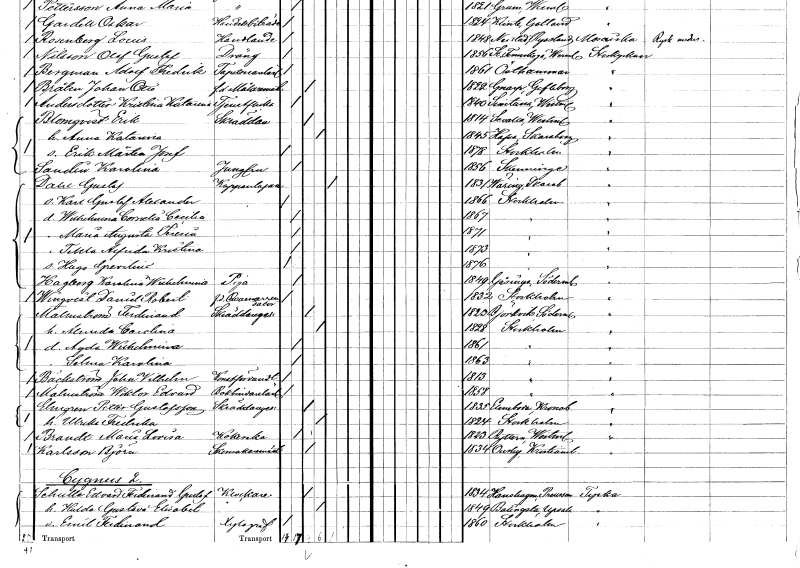
gt_parse: households: individuals: FN: Erik Mårten Josef
KON: M
CIV: O
FODAR: 1878
FODFORS: Stockholm
FN: Karolina
EN: Sandin
YRKE: Jungfru
KON: K
CIV: O
FODAR: 1856
FODFORS: Skänninge Östergötlands län
FN: Gustaf
EN: Dahl
YRKE: Kopparslagare
KON: M
CIV: E
FODAR: 1831
FODFORS: Väring Skaraborgs län
FN: Karl Gustaf Alexander
KON: M
CIV: O
FODAR: 1866
FODFORS: Stockholm
FN: Wilhelmina Cornelia Cecilia
KON: K
CIV: O
FODAR: 1867
FODFORS: Stockholm
FN: Maria Augusta Teresia
KON: K
CIV: O
FODAR: 1871
FODFORS: Stockholm
FN: Tekla Alfrida Kristina
KON: K
CIV: O
FODAR: 1873
FODFORS: Stockholm
FN: Hugo Grevilius
KON: M
CIV: O
FODAR: 1876
FODFORS: Stockholm
FN: Karolina Wilhelmina
EN: Hagberg
YRKE: Piga
KON: K
CIV: O
FODAR: 1849
FODFORS: Gåsinge Södermanlands län
FN: Daniel Robert
EN: Winqvist
YRKE: Kvarnarrendator f.d.
KON: M
CIV: O
FODAR: 1832
FODFORS: Stockholm
FN: Ferdinand
EN: Malmström
YRKE: Skräddaregesäll
KON: M
CIV: G
FODAR: 1820
FODFORS: Björkvik Södermanlands län
FN: Almida Carolina
KON: K
CIV: G
FODAR: 1828
FODFORS: Stockholm
FN: Agda Wilhelmina
KON: K
CIV: O
FODAR: 1861
FODFORS: Stockholm
FN: Selma Karolina
KON: K
CIV: O
FODAR: 1863
FODFORS: Stockholm
FN: John Vilhelm
EN: Bäckström
YRKE: Konstförvandt
KON: M
CIV: O
FODAR: 1813
FODFORS: Stockholm
FN: Wiktor Edvard
EN: Malmström
YRKE: Bokbindarelärling
KON: M
CIV: O
FODAR: 1858
FODFORS: Stockholm
FN: Petter
EN: Elmgren Gustafsson
YRKE: Skräddaregesäll
KON: M
CIV: G
FODAR: 1835
FODFORS: Älmeboda Kronobergs län
FN: Ulrika Fredrika
KON: K
CIV: G
FODAR: 1824
FODFORS: Stockholm
FN: Maria Lovisa
EN: Brandt
YRKE: Kokerska
KON: K
CIV: O
FODAR: 1823
FODFORS: Rytterne Västmanlands län
FN: Björn
EN: Karlsson
YRKE: Skomakarmäster
KON: M
CIV: G
FODAR: 1834
FODFORS: Osby Kristianstads län
FN: Edvard Ferdinand Gustaf
EN: Schulle
YRKE: Klockare
KON: M
CIV: G
FODAR: 1834
FN: Hulda Gustava Elisabet
KON: K
CIV: G
FODAR: 1849
FODFORS: Balingsta Uppsala län
FN: Emil Ferdinand
YRKE: Xylograf
KON: M
CIV: O
FODAR: 1860
FODFORS: Stockholm